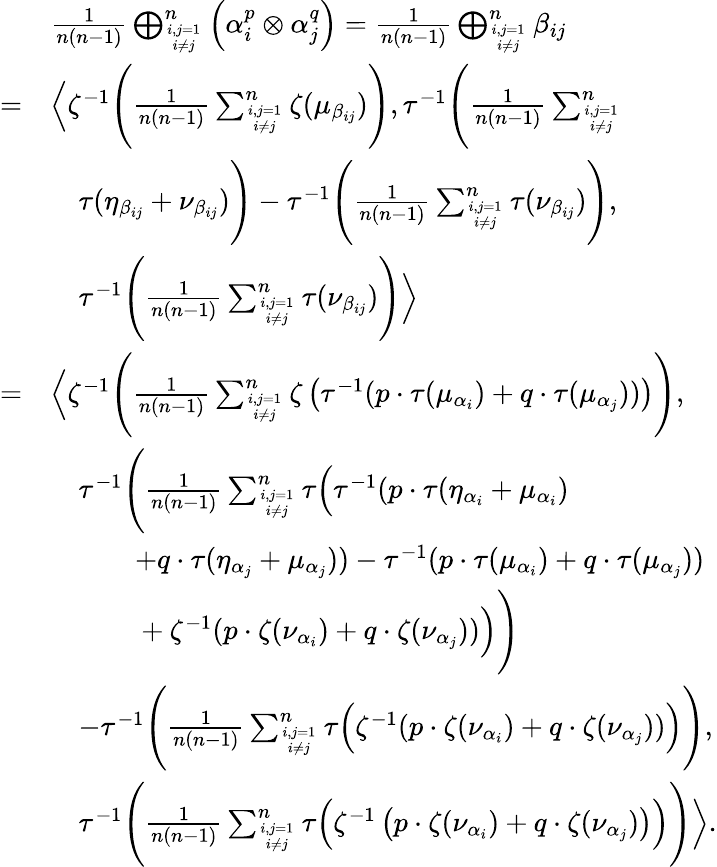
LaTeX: \begin{array}{rl}&{\frac{1}{n(n-1)}\bigoplus_{i,j=1\atop i\neq j}^{n}\left(\alpha_{i}^{p}\otimes\alpha_{j}^{q}\right)=\frac{1}{n(n-1)}\bigoplus_{i,j=1\atop i\neq j}^{n}\beta_{ij}}\\ {=}&{\left\langle\zeta^{-1}\Bigg(\frac{1}{n(n-1)}\sum_{i,j=1\atop i\neq j}^{n}\zeta(\mu_{\beta_{ij}})\Bigg),\tau^{-1}\Bigg(\frac{1}{n(n-1)}\sum_{i,j=1\atop i\neq j}^{n}\right.}\\ &{\quad\tau(\eta_{\beta_{ij}}+\nu_{\beta_{ij}})\Bigg)-\tau^{-1}\Bigg(\frac{1}{n(n-1)}\sum_{i,j=1\atop i\neq j}^{n}\tau(\nu_{\beta_{ij}})\Bigg),}\\ &{\quad\left.\tau^{-1}\Bigg(\frac{1}{n(n-1)}\sum_{i,j=1\atop i\neq j}^{n}\tau(\nu_{\beta_{ij}})\Bigg)\right\rangle}\\ {=}&{\left\langle\zeta^{-1}\Bigg(\frac{1}{n(n-1)}\sum_{i,j=1\atop i\neq j}^{n}\zeta\left(\tau^{-1}(p\cdot\tau(\mu_{\alpha_{i}})+q\cdot\tau(\mu_{\alpha_{j}}))\right)\Bigg)\right.,}\\ &{\quad\tau^{-1}\Bigg(\frac{1}{n(n-1)}\sum_{i,j=1\atop i\neq j}^{n}\tau\Big(\tau^{-1}(p\cdot\tau(\eta_{\alpha_{i}}+\mu_{\alpha_{i}})\Big.\Bigg.}\\ &{\quad\quad\quad+q\cdot\tau(\eta_{\alpha_{j}}+\mu_{\alpha_{j}}))-\tau^{-1}(p\cdot\tau(\mu_{\alpha_{i}})+q\cdot\tau(\mu_{\alpha_{j}}))}\\ &{\Bigg.\Big.\quad\quad\quad+\zeta^{-1}(p\cdot\zeta(\nu_{\alpha_{i}})+q\cdot\zeta(\nu_{\alpha_{j}}))\Big)\Bigg)}\\ &{\quad-\tau^{-1}\Bigg(\frac{1}{n(n-1)}\sum_{i,j=1\atop i\neq j}^{n}\tau\Big(\zeta^{-1}(p\cdot\zeta(\nu_{\alpha_{i}})+q\cdot\zeta(\nu_{\alpha_{j}}))\Big)\Bigg),}\\ &{\left.\quad\tau^{-1}\Bigg(\frac{1}{n(n-1)}\sum_{i,j=1\atop i\neq j}^{n}\tau\Big(\zeta^{-1}\left(p\cdot\zeta(\nu_{\alpha_{i}})+q\cdot\zeta(\nu_{\alpha_{j}})\right)\Big)\Bigg)\right\rangle.}\end{array}